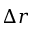
\Delta r